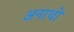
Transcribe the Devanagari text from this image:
अनाथो